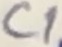
Text: C1